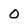
Character: O